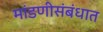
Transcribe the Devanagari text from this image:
मांडणीसंबंधात